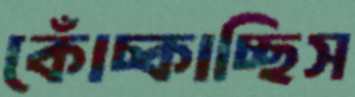
কোঁচ্‌কাচ্ছিস